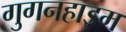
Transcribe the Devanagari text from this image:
गुगनहाइम